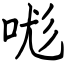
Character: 哤